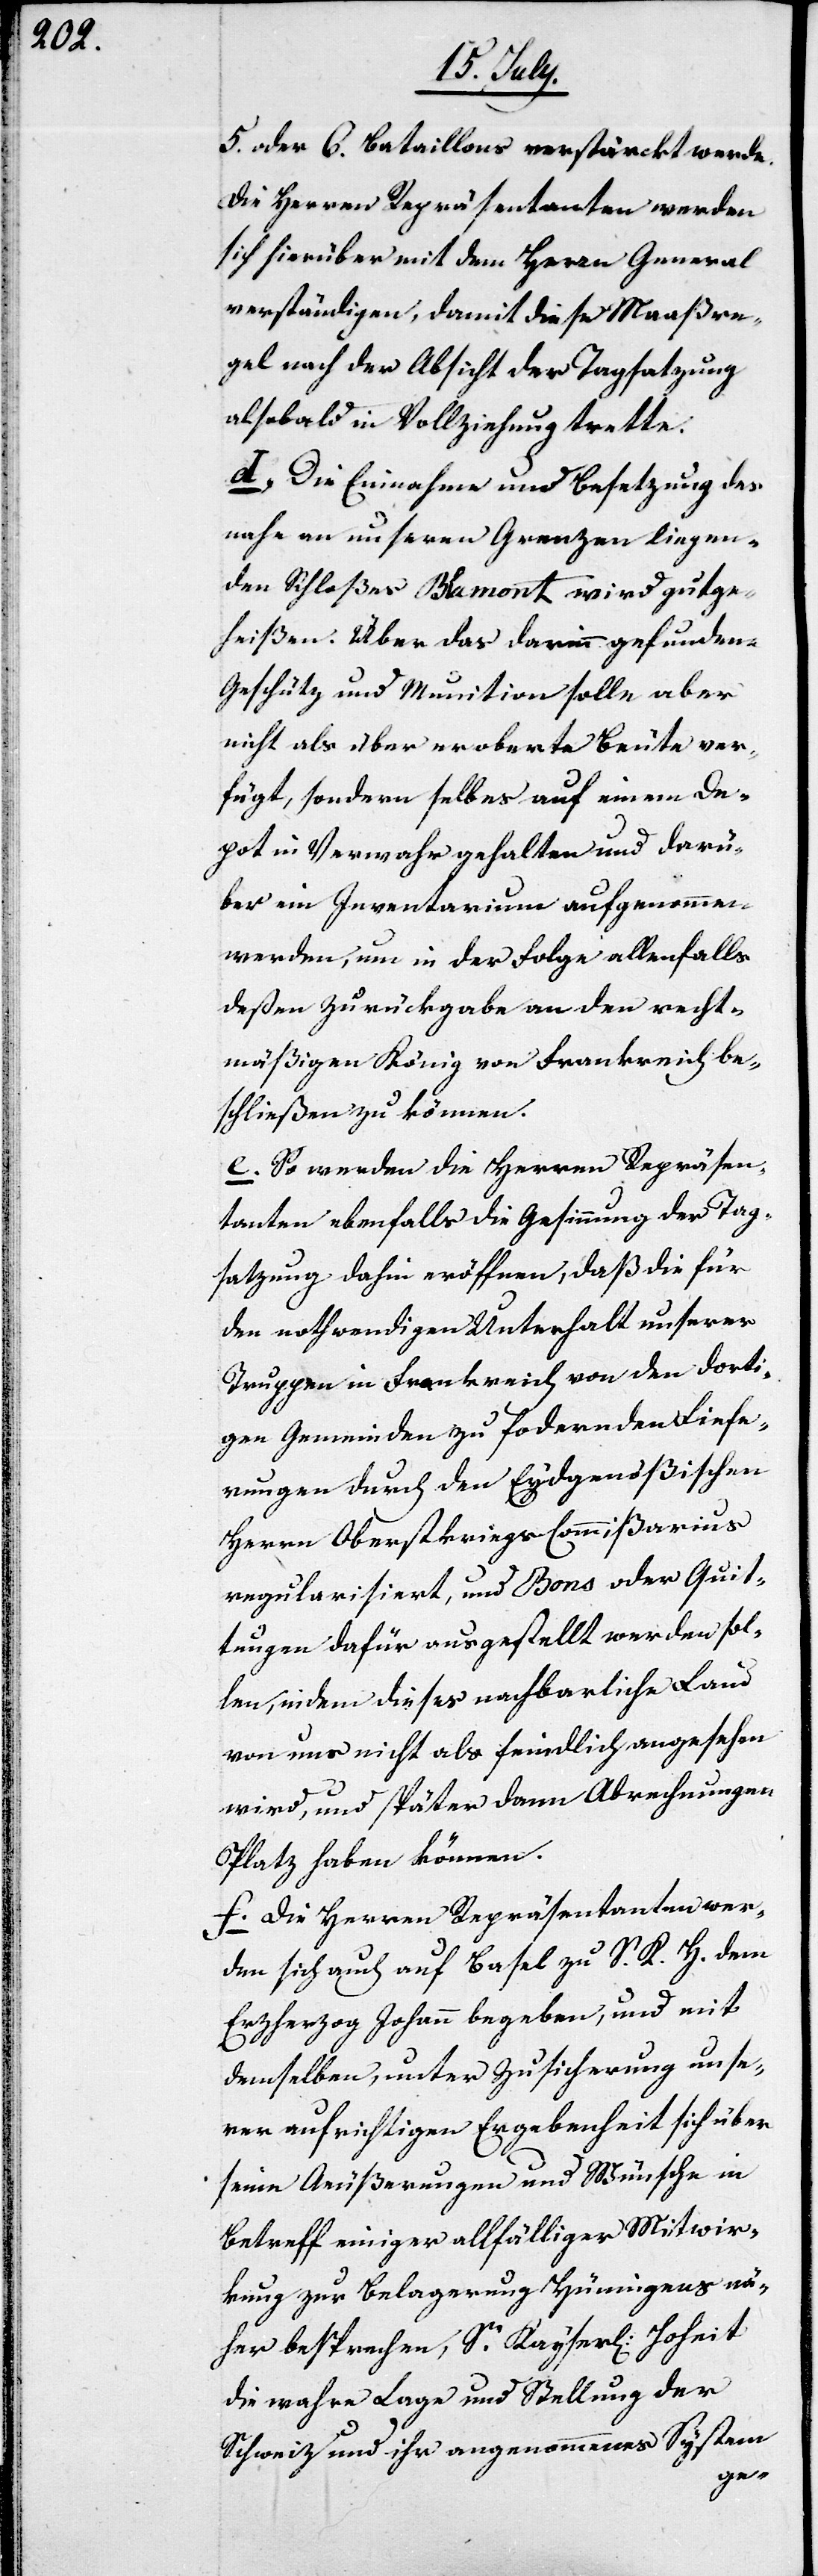
5. oder 6. Bataillons verstärckt werde.
Die Herren Repräsentanten werden
sich hierüber mit dem Herrn General
verständigen, damit diese Maaßre¬
gel nach der Absicht der Tagsatzung
alsobald in Vollziehung trette.
d. Die Einnahme und Besetzung des
nahe an unseren Grenzen liegen¬
den Schloßes Blamont wird gutge¬
heißen. Über das darinn gefundene
Geschütz und Munition solle aber
nicht als über eroberte Beute ver¬
fügt, sonder selbes auf einem De¬
pot in Verwahr gehalten und darü¬
ber ein Inventarium aufgenommen
werden, um in der Folge allenfalls
deßen Zurückgabe an den recht¬
mäßigen König von Frankreich be¬
schließen zu können.
e. So werden die Herren Repräsen¬
tanten ebenfalls die Gesinnung der Tag¬
satzung dahin eröffnen, daß die für
den nothwendigen Unterhalt unserer
Truppe in Frankreich von den dorti¬
gen Gemeinden zu fordernden Liefe¬
rungen durch den Eydgenößischen
Herrn Oberst-Kriegs-Commißarius
regularisiert, und Bons oder Quit¬
tungen dafür ausgestellt werden sol¬
len, indem dieses nachbarliche Land
von uns nicht als feindlich angesehen
wird, und später dann Abrechnungen
Platz haben können.
f. Die Herren Repräsentanten wer¬
den sich auch auf Basel zu S. K. H. dem
Erzherzog Johann begeben, und mit
demselben, unter Zusicherung unse¬
rer aufrichtigen Ergebenheit sich über
seine Äußerungen und Wünsche in
Betreff einiger allfälliger Mitwir¬
kung zur Belagerung Hüningens nä¬
her besprechen, Sr. Kayserl. Hoheit
die wahre Lage und Stellung der
Schweiz und ihr angenommenes System